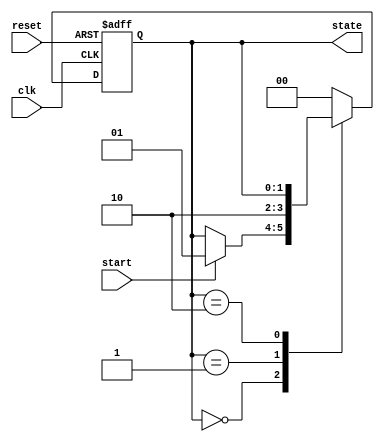
module fsm_example (
    input wire clk,          // Clock signal
    input wire reset,        // Asynchronous reset
    input wire start,        // Start signal to initiate state machine
    output reg [1:0] state   // 2-bit state output
);

// State encoding
localparam IDLE    = 2'b00;
localparam RUNNING = 2'b01;
localparam DONE    = 2'b10;

always @(posedge clk or posedge reset) begin
    if (reset) begin
        state <= IDLE; // Reset state to IDLE
    end else begin
        case (state)
            IDLE: begin
                if (start) begin
                    state <= RUNNING; // Transition to RUNNING state
                end
            end
            RUNNING: begin
                // Simulate some processing
                // After some condition, transition to DONE
                state <= DONE; // For simplicity, transition directly to DONE
            end
            DONE: begin
                // Stay in DONE state or reset based on some condition
                // For this example, we will stay in DONE
            end
            default: state <= IDLE; // Default case to handle unexpected states
        endcase
    end
end

endmodule